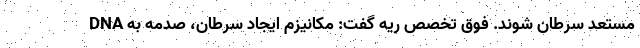
مستعد سرطان شوند. فوق تخصص ریه گفت: مکانیزم ایجاد سرطان، صدمه به DNA